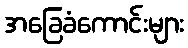
အခြေခံကောင်းများ